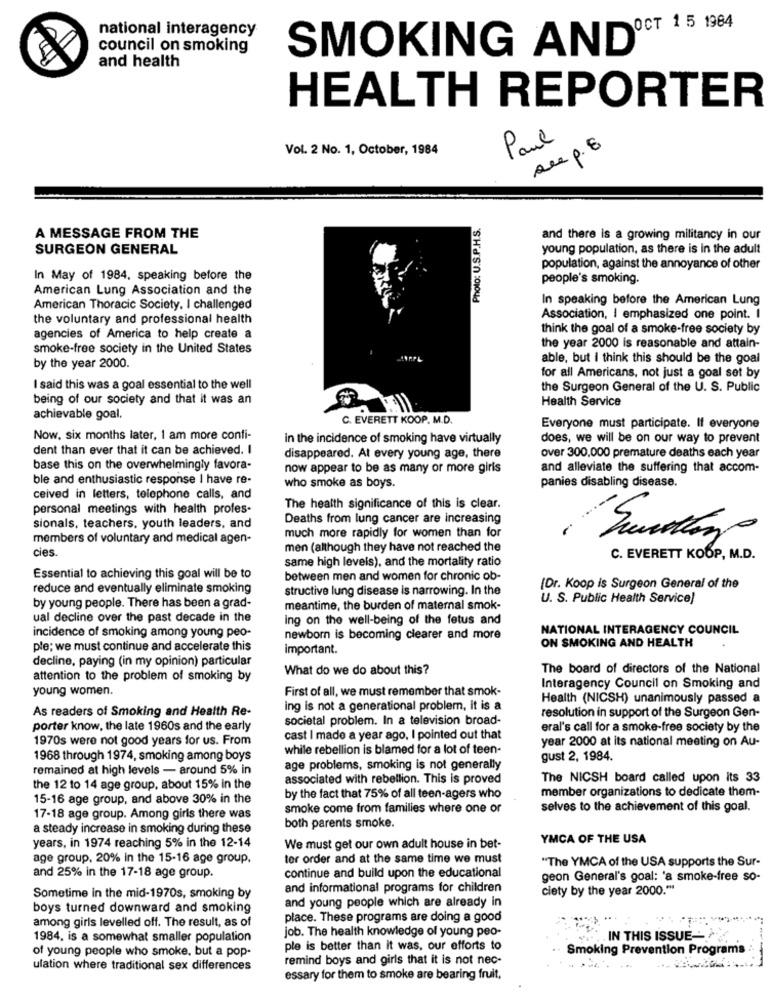
national interagency
OCT 1 5 1984
council on smoking
SMOKING AND®
and health
HEALTH REPORTER
Vol. 2 No. 1, October, 1984
Paul
see p.8
Photo: U.S.P.H.S.
A MESSAGE FROM THE
and there is a growing militancy in our
SURGEON GENERAL
young population, as there is in the adult
population, against the annoyance of other
In May of 1984. speaking before the
people's smoking.
American Lung Association and the
In speaking before the American Lung
American Thoracic Society, I challenged
the voluntary and professional health
Association, I emphasized one point. I
think the goal of a smoke-free society by
agencies of America to help create a
smoke-free society in the United States
the year 2000 is reasonable and attain-
able, but i think this should be the goal
by the year 2000.
for all Americans, not just a goal set by
I said this was a goal essential to the well
the Surgeon General of the U. S. Public
being of our society and that it was an
Health Service
achievable goal.
C. EVERETT KOOP. M.D.
Everyone must participate. If everyone
Now, six months later, I am more confi-
in the incidence of smoking have virtually
does, we will be on our way to prevent
dent than ever that it can be achieved. I
disappeared. At every young age, there
over 300,000 premature deaths each year
base this on the overwhelmingly favora-
now appear to be as many or more girls
and alleviate the suffering that accom-
ble and enthusiastic response I have re-
panies disabling disease.
who smoke as boys.
ceived in letters, telephone calls, and
personal meetings with health profes-
The health significance of this is clear.
Deaths from lung cancer are increasing
sionals, teachers, youth leaders, and
much more rapidly for women than for
-
members of voluntary and medical agen-
cies.
men (although they have not reached the
same high levels), and the mortality ratio
C. EVERETT KOOP, M.D.
Essential to achieving this goal will be to
between men and women for chronic ob-
reduce and eventually eliminate smoking
structive lung disease is narrowing. In the
[Dr. Koop is Surgeon General of the
U. S. Public Health Service!
by young people. There has been a grad-
meantime, the burden of maternal smok-
ual decline over the past decade in the
ing on the well-being of the fetus and
incidence of smoking among young peo-
NATIONAL INTERAGENCY COUNCIL
newborn is becoming clearer and more
ON SMOKING AND HEALTH
ple; we must continue and accelerate this
important.
decline, paying (in my opinion) particular
What do we do about this?
The board of directors of the National
attention to the problem of smoking by
young women.
First of all, we must remember that smok-
Interagency Council on Smoking and
Health (NICSH) unanimously passed a
As readers of Smoking and Health Re-
ing is not a generational problem, it is a
resolution in support of the Surgeon Gen-
societal problem. In a television broad-
porter know, the late 1960s and the early
eral's call for a smoke-free society by the
1970s were not good years for us. From
cast I made a year ago, I pointed out that
year 2000 at its national meeting on Au-
while rebellion is blamed for a lot of teen-
1968 through 1974, smoking among boys
gust 2, 1984.
remained at high levels - around 5% in
age problems, smoking is not generally
associated with rebellion. This is proved
The NICSH board called upon its 33
the 12 to 14 age group, about 15% in the
member organizations to dedicate them-
15-16 age group, and above 30% in the
by the fact that 75% of all teen-agers who
smoke come from families where one or
selves to the achievement of this goal.
17-18 age group. Among girls there was
a steady increase in smoking during these
both parents smoke.
years, in 1974 reaching 5% in the 12-14
YMCA OF THE USA
We must get our own adult house in bet-
age group, 20% in the 15-16 age group.
ter order and at the same time we must
"The YMCA of the USA supports the Sur-
continue and build upon the educational
and 25% in the 17-18 age group.
geon General's goal: 'a smoke-free so-
and informational programs for children
ciety by the year 2000 .***
Sometime in the mid-1970s, smoking by
and young people which are already in
boys turned downward and smoking
among girls levelled off. The result, as of
place. These programs are doing a good
job. The health knowledge of young peo-
1984, is a somewhat smaller population
IN THIS ISSUE --
of young people who smoke, but a pop-
ple is better than it was, our efforts to
Smoking Prevention Programs
remind boys and girls that it is not nec-
ulation where traditional sex differences
essary for them to smoke are bearing fruit,